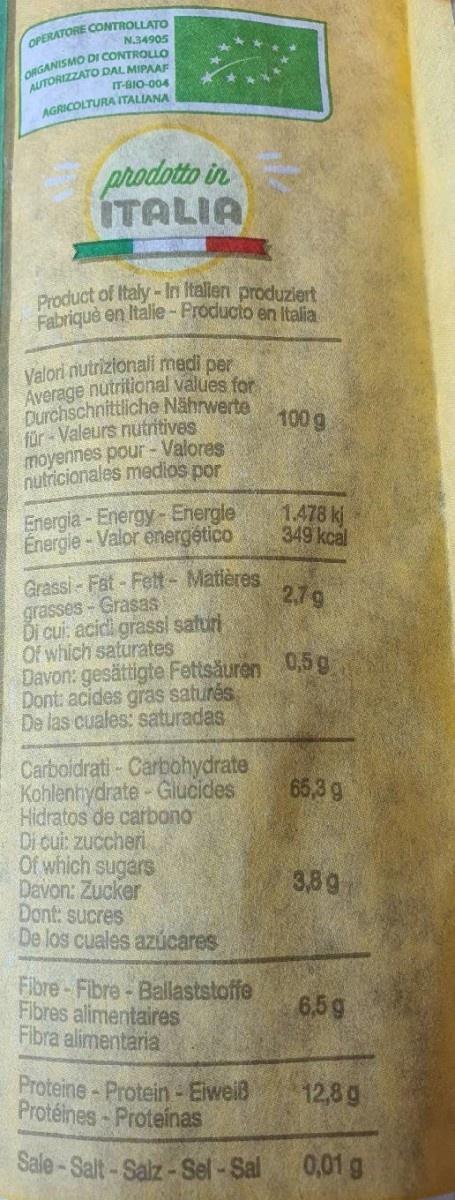
OPERATORE CONTROLLATO N34905
AUTORIZZATO DAL MIPAAF IT-BIO-004
ORGANISMO DI CONTROLLO
AGRICOLTURA ITALIANA
prodotto in ITALIA
Product of Italy-In Italien produziert Fabrique en Italie-Producto en Italia
Valori nutrizionali medi per Average nutritional values for Durchschnittliche Nährwerte für Valeurs nutritives moyennes pour - Valores nutricionales medios por
100 g
Energia - Energy- Energle Energie - Valor energético
1.478 kj 349 kcal
Grassi - Fat-Fett- Matières grasses- Grasas DI cui, acici grassi saturi Of which saturates Davon: gesättigte Fettsäuren 0,5 g Dont: acides gras saturés De las cuales: saturadas
2.79
Carboidrati - Carbohydrate Kohlenhydrate - Giucides Hidratos de carbono Di cui: zuccheri Of which sugars Davon: Zucker Dont: sucres De los cuales azúcares
65,39
389
Fibre-Fibre- Ballaststoffe Fibres alimentaires Fibra alimentaria
6.5g
Proteine-Protein-Eiweiß Protéines - Proteinas
12,8g
Sale- Salt - Salz - Sel - Sal
0,01 g